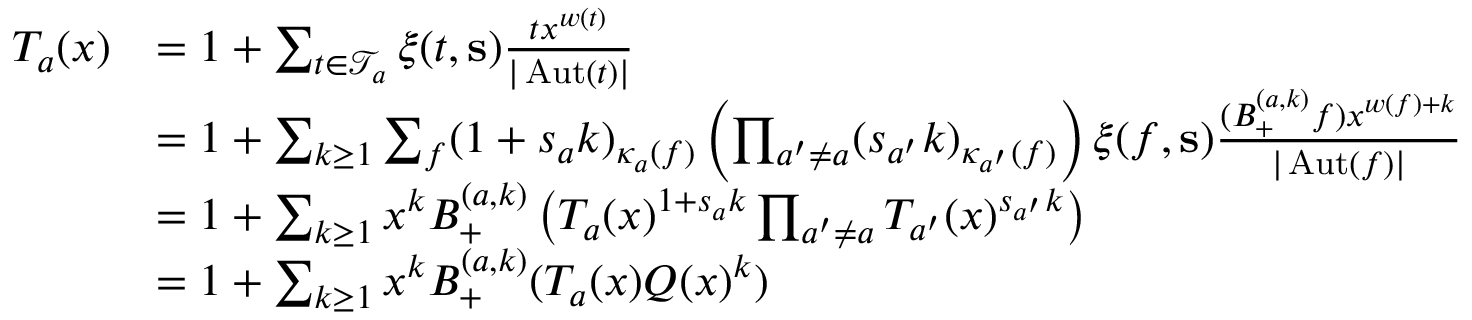
\begin{array} { r l } { T _ { a } ( x ) } & { = 1 + \sum _ { t \in \mathcal T _ { a } } \xi ( t , \mathbf s ) \frac { t x ^ { w ( t ) } } { | \operatorname { A u t } ( t ) | } } \\ & { = 1 + \sum _ { k \ge 1 } \sum _ { f } ( 1 + s _ { a } k ) _ { \kappa _ { a } ( f ) } \left( \prod _ { a ^ { \prime } \ne a } ( s _ { a ^ { \prime } } k ) _ { \kappa _ { a ^ { \prime } } ( f ) } \right) \xi ( f , \mathbf s ) \frac { ( B _ { + } ^ { ( a , k ) } f ) x ^ { w ( f ) + k } } { | \operatorname { A u t } ( f ) | } } \\ & { = 1 + \sum _ { k \ge 1 } x ^ { k } B _ { + } ^ { ( a , k ) } \left( T _ { a } ( x ) ^ { 1 + s _ { a } k } \prod _ { a ^ { \prime } \ne a } T _ { a ^ { \prime } } ( x ) ^ { s _ { a ^ { \prime } } k } \right) } \\ & { = 1 + \sum _ { k \ge 1 } x ^ { k } B _ { + } ^ { ( a , k ) } ( T _ { a } ( x ) Q ( x ) ^ { k } ) } \end{array}